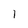
Character: 1